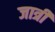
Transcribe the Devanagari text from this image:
जात्री